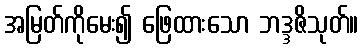
အမြတ်ကိုမေး၍ ဖြေထားသော ဘဒ္ဒဇိသုတ်။